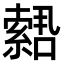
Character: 𫧫